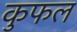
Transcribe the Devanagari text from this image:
कुफल